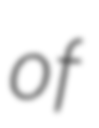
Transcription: of